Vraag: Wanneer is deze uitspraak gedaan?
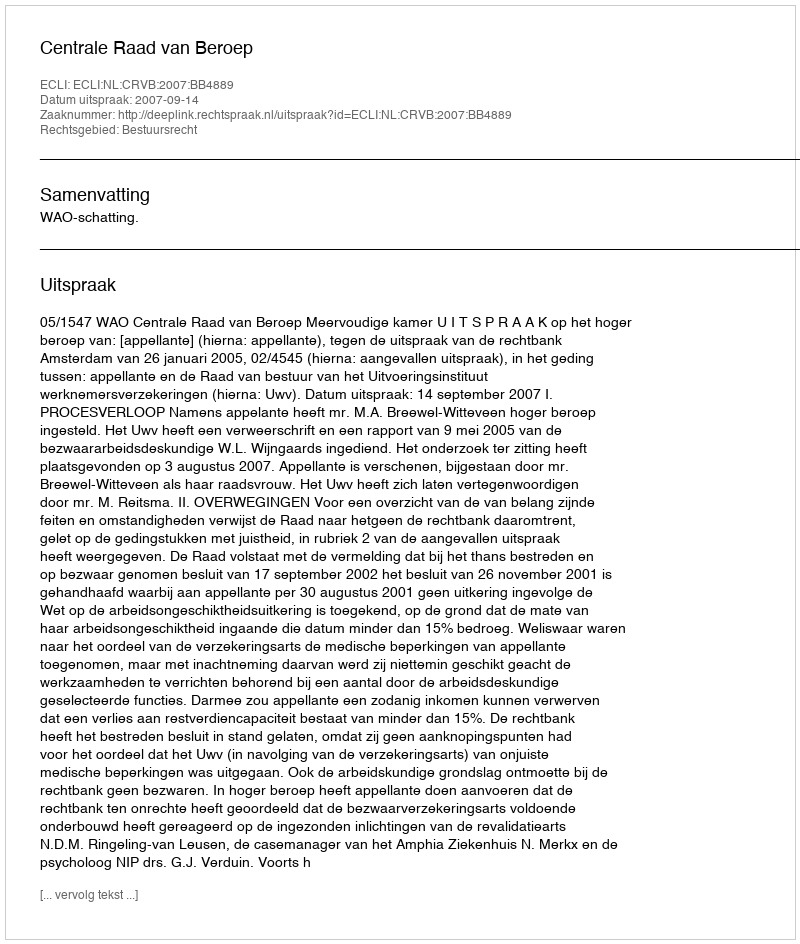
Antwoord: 2007-09-14